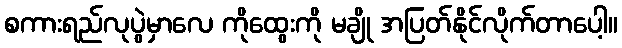
စကားရည်လုပွဲမှာလေ ကိုထွေးကို မချို အပြတ်နိုင်လိုက်တာပေါ့။